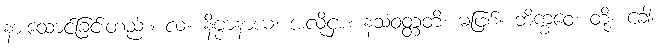
နားထောင်ခြင်းတည်း။ လ။ နိဗ္ဗာနာယ၊ အလို့ငှာ။ နသံဝတ္တတိ၊ မဖြစ်။ ဘိက္ခဝေ၊ တို့။ ခေါ၊